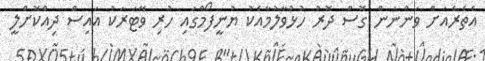
އެތެރެއަށް ވަންނަން ގޮސް ދޮރު ހުޅުވާލުމާއެކު ޔުނީފޯމްގައި ހުރި ވޭޓަރަކު އައިސް ދިއްކޮށްލީ